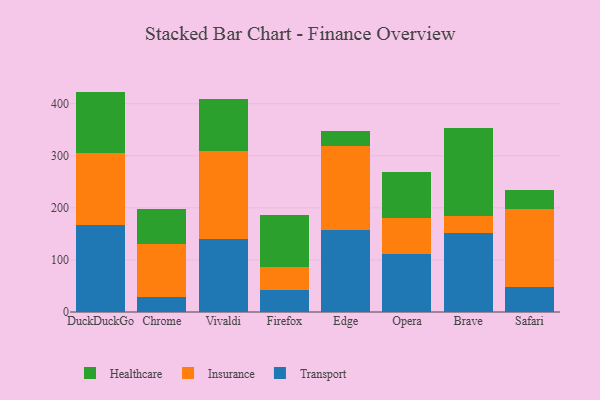
{"axis": {"x": "Browser", "y": "Satisfaction Score"}, "legend": ["Healthcare", "Insurance", "Transport"], "data": [{"x": "DuckDuckGo", "y": 167.8, "type": "Transport"}, {"x": "DuckDuckGo", "y": 138.0, "type": "Insurance"}, {"x": "DuckDuckGo", "y": 117.5, "type": "Healthcare"}, {"x": "Chrome", "y": 29.7, "type": "Transport"}, {"x": "Chrome", "y": 100.1, "type": "Insurance"}, {"x": "Chrome", "y": 67.5, "type": "Healthcare"}, {"x": "Vivaldi", "y": 140.6, "type": "Transport"}, {"x": "Vivaldi", "y": 167.8, "type": "Insurance"}, {"x": "Vivaldi", "y": 100.3, "type": "Healthcare"}, {"x": "Firefox", "y": 41.4, "type": "Transport"}, {"x": "Firefox", "y": 45.4, "type": "Insurance"}, {"x": "Firefox", "y": 99.0, "type": "Healthcare"}, {"x": "Edge", "y": 156.7, "type": "Transport"}, {"x": "Edge", "y": 161.6, "type": "Insurance"}, {"x": "Edge", "y": 29.4, "type": "Healthcare"}, {"x": "Opera", "y": 111.8, "type": "Transport"}, {"x": "Opera", "y": 68.4, "type": "Insurance"}, {"x": "Opera", "y": 88.0, "type": "Healthcare"}, {"x": "Brave", "y": 150.9, "type": "Transport"}, {"x": "Brave", "y": 32.8, "type": "Insurance"}, {"x": "Brave", "y": 169.3, "type": "Healthcare"}, {"x": "Safari", "y": 48.1, "type": "Transport"}, {"x": "Safari", "y": 150.3, "type": "Insurance"}, {"x": "Safari", "y": 36.4, "type": "Healthcare"}]}